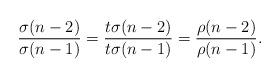
LaTeX: \begin{align*}\frac{\sigma(n-2)}{\sigma(n-1)}=\frac{t\sigma(n-2)}{t\sigma(n-1)}=\frac{\rho(n-2)}{\rho(n-1)}.\end{align*}